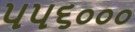
૫૫૬૦૦૦